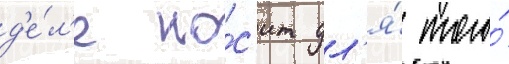
д'е́л'е но́с'ит дл'я́ того́